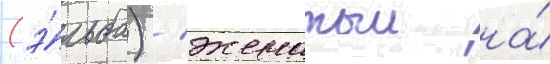
(э́льба) / женатыи на́